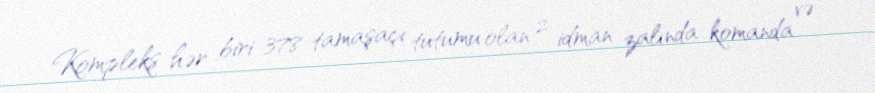
Kompleks hər biri 378 tamaşaçı tutumu olan 2 idman zalında komanda və